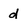
Character: d